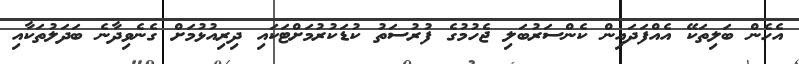
އެހެން ބަލިތަކޭ އެއްފަދައިން ކެންސަރުބަލި ޖެހުމުގެ ފުރުސަތު ކުޑަކުރުމަށްޓަކައި ދިރިއުޅުމަށް ގެނެވިދާނެ ބަދަލުތަކާއި